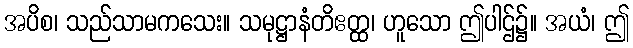
အပိစ၊ သည်သာမကသေး။ သမုဋ္ဌာနံတိဧတ္ထ၊ ဟူသော ဤပါဌ်၌။ အယံ၊ ဤ